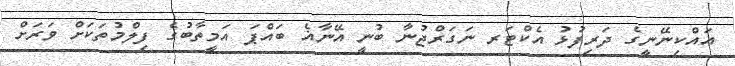
އައްކިނޭނީގެ ދަރިފުޅު އެކްޓަރ ނަގަރްޖުނާ ބުނީ އޭނާޣެ ބައްޕަ އަމީތާބުގެ ފިލްމުތަކަށް ވަރަށް